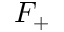
F _ { + }